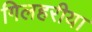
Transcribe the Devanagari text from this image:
गिलहरीया